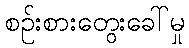
စဉ်းစားတွေးခေါ်မှု